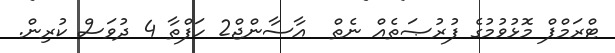
ޓްރަމްޕް މޮޅުވުމުގެ ފުރުޞަތެއް ނެތް  އާސާންޖް2 ހަފްތާ 4 ދުވަސް ކުރިން.